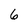
Character: 6